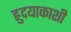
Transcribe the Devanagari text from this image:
ह्रुदयाकाशी